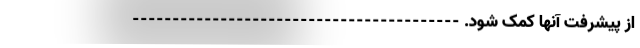
از پیشرفت آنها کمک شود. -----------------------------------------